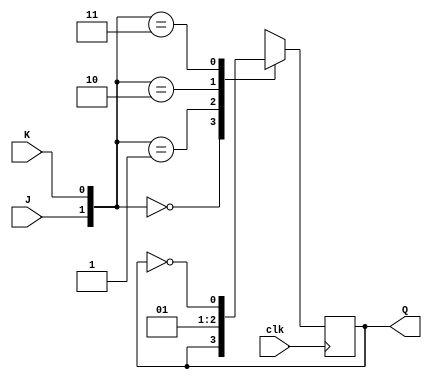
module JKFF (
    input wire clk,
    input wire K,
    input wire J,
    output reg Q
);


always @(negedge clk)  begin
    case ({J,K})
        2'b00 : Q <=Q;
        2'b01 : Q <=1'b0; 
        2'b10 : Q <=1'b1; 
        2'b11 : Q <=~Q; 
    endcase;


end
endmodule